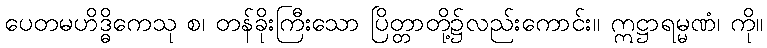
ပေတမဟိဒ္ဓိကေသု စ၊ တန်ခိုးကြီးသော ပြိတ္တာတို့၌လည်းကောင်း။ ဣဋ္ဌာရမ္မဏံ၊ ကို။